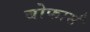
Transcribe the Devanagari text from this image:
बोफार्स